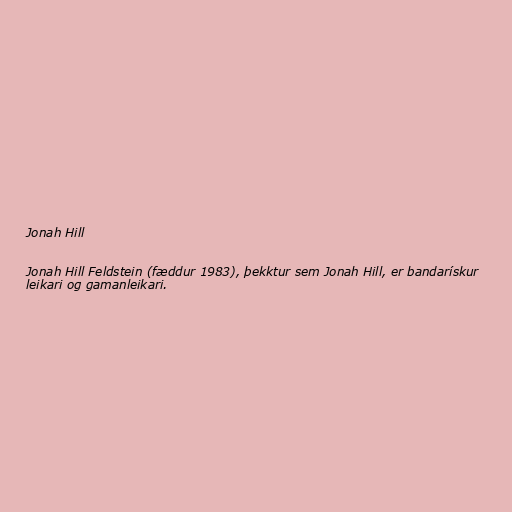
Jonah Hill

Jonah Hill Feldstein (fæddur 1983), þekktur sem Jonah Hill, er bandarískur
leikari og gamanleikari.